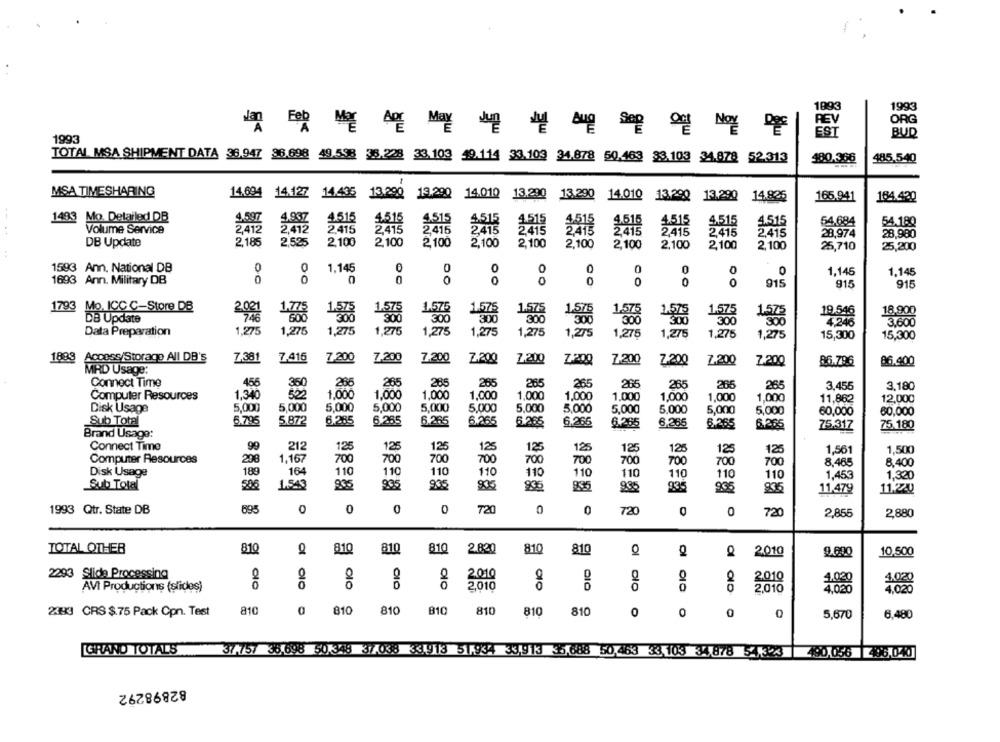
199
1993
REV
ORG
EST
BUD
1993
TOTAL MSA SHIPMENT DATA 38.947 38.698 49.538 35.228 33.103 49.114 33.103 34.878 50.463 33.103 34.878 52.313
480.366
--...
485,540
MSA TIMESHARING
14.694 14.127 14.435 13.290
13.290 13.290 14.010 13.290 13.290 14.010 13.290 13.290
13.290
13.290
14.825
165.941
184.420
1493 Mo. Detailed DB
4.597
4.937
4.515
4.515
4.515
4.515
4.516
4.515
4.515
4.515
4.515
54.684
54.180
Volume Service
2,412
2,412
2.415
2.415
2.415
2415
2.415
2.415
4.515
2415
2,415
2,415
2.415
28,974
28,980
DB Update
2,185
2,525
2.100
2,100
2 100
2,100
2,100
2,100
2,100
2,100
2,100
2.100
:
25,710
25,200
1593 Ann. National DB
0
0
1.145
0
0
0
0
0
0
1,145
1,145
1693 Ann. Military DB
00
0
0
0
0
0
0
0
915
915
915
1793
Mo. ICC C-Store DB
1,775
1.575
1.575
1.575
1.575
1.575
1.575
1.575
19.546
DB Update
2.021
300
300
300
300
300
1.575
300
300
4,246
3.600
Data Preparation
1.275
1,275
1,275
1,275
1,275
1,275
1,275
1,275
1,275
1,275
1,275
1,275
15,300
15,300
1888
Access/Storage All DB's
7.381
7,416
7.200
7,200
7.200
Z.200
7.200
Z-200
7-200
Z-200
Z.200
Z.200
8.6.796
86.400
MRD Usage:
Connect Time
456
266
265
285
265
265
265
265
265
265
265
3.455
3,180
360
1.000
Computer Resources
1,340
1,000
1,000
1.000
1,000
1,000
1,000
1.000
1,000
1,000
11,862
12,000
Disk Usage
5,000
5.000
5.000
5.000
5,000
5.000
5,000
5,000
5,000
5,000
5,000
5,000
60,000
60,000
Sub Total
6.795
5.872
6.285
6.265
6.265
6.265
6.265
6.265
6.265
6.265
6.265
6.265
75.317
75.180
Brand Usage:
99
212
125
125
Connect Time
125
125
125
125
125
125
125
125
1,561
1,500
Computer Resources
298
1,167
700
700
700
700
700
700
700
700
700
700
8,465
8,400
Disk Usage
189
164
110
110
110
110
110
110
110
110
110
1,453
1,320
110
Sub Total
506
1.543
835
935
935
835
935
935
935
11,479
11.24
1993 Qtr. State DB
895
0
0
0
720
0
0
720
0
720
2,855
2,880
TOTAL OTHER
810
810
81Q
2.820
810
810
810
Ol
2010
9.600
10,500
2293 Slide Processing
OIC
2010
2.010
1.020
1.020
AVI Productions (slides)
olo
2,010
4,020
2443 CRS $75 Pack Cpn. Test
810
810
810
B10
810
810
810
0
0
5,670
6,480
GRAND TOTALS
37-757 38.698 50 348 37.038 <31913 51,934 33913 35.688 50 463 33103 34878 54123 290.056 408.040
82898292